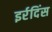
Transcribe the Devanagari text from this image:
इर्रदिंस